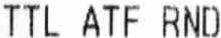
TTL ATF RND